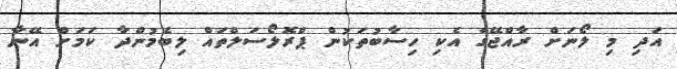
އަދި މި ލޯނަށް ރާއްޖޭގެ އެކި ހިސާބުތަކުން ޕްރޮލޯސަލްތައް ލިބެމުންދާ ކަމަށް އޭނާ